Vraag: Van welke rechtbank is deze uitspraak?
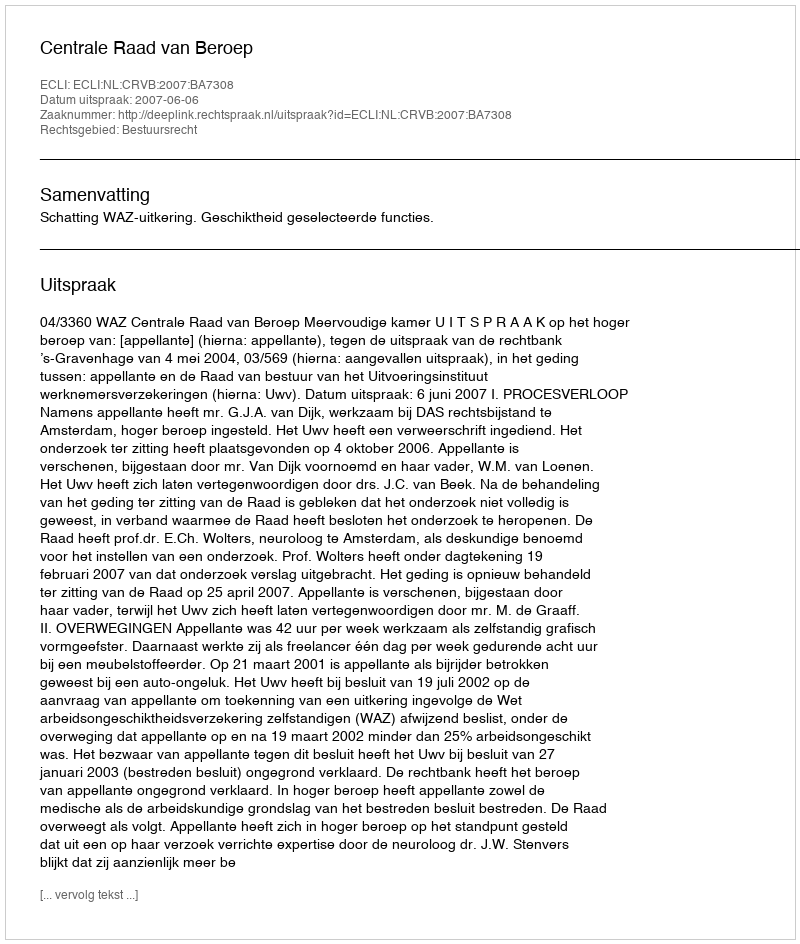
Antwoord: Centrale Raad van Beroep